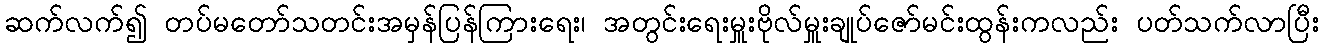
ဆက်လက်၍ တပ်မတော်သတင်းအမှန်ပြန်ကြားရေး၊ အတွင်းရေးမှူးဗိုလ်မှူးချုပ်ဇော်မင်းထွန်းကလည်း ပတ်သက်လာပြီး